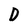
Character: D